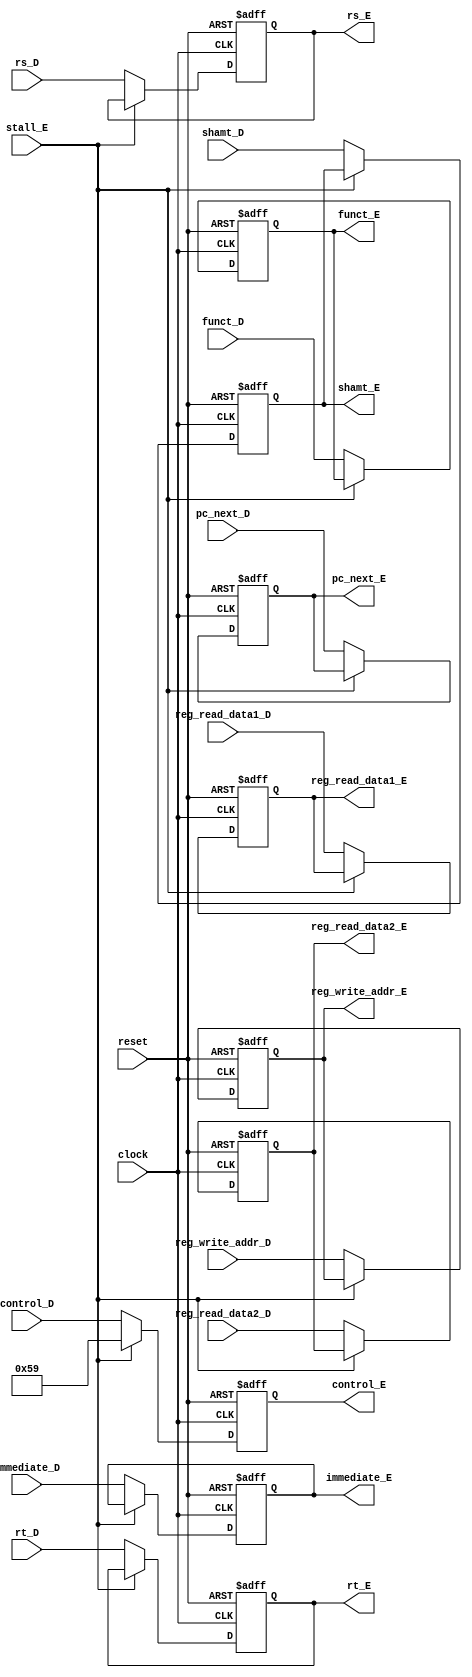
`timescale 1ns / 1ps

module ID_EX(
    input clock, 
    input reset,
    input stall_E,
    
    input [31:0] pc_next_D,
    input [31:0] reg_read_data1_D,
    input [31:0] reg_read_data2_D,
    input [4:0] reg_write_addr_D,
    input [31:0] immediate_D,
    input [4:0] rs_D,
    input [4:0] rt_D,
    input [5:0] shamt_D,
    input [5:0] funct_D,
    input [12:0] control_D,
    
    output reg [31:0] pc_next_E,
    output reg [31:0] reg_read_data1_E,
    output reg [31:0] reg_read_data2_E,
    output reg [4:0] reg_write_addr_E,
    output reg [31:0] immediate_E,
    output reg [4:0] rs_E,
    output reg [4:0] rt_E,
    output reg [5:0] shamt_E,
    output reg [5:0] funct_E,
    output reg [12:0] control_E
    );
    
    always @(posedge clock or negedge reset) begin
    
        if(reset == 1'b0) begin
            pc_next_E <= 32'd0;
            reg_read_data1_E <= 32'd0;
            reg_read_data2_E <= 32'd0;
            reg_write_addr_E <= 4'd0;
            immediate_E <= 32'd0;
            rs_E <= 5'd0;
            rt_E <= 5'd0;
            shamt_E <= 6'd0;
            funct_E <= 6'd0;
            control_E <= 13'd0;
            
        end else if(stall_E == 1'b0) begin
            pc_next_E <= pc_next_D;
            reg_read_data1_E <= reg_read_data1_D;
            reg_read_data2_E <= reg_read_data2_D;
            reg_write_addr_E <= reg_write_addr_D;
            immediate_E <= immediate_D;
            rs_E <= rs_D;
            rt_E <= rt_D;
            shamt_E <= shamt_D;
            funct_E <= funct_D;
            control_E <= control_D;
        end else if(stall_E == 1'b1) begin
            control_E <= {13'b0000001011001};
        end
        
     end
     
endmodule